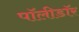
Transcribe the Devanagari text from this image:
पॉलीडॉर